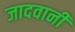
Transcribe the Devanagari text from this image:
जादवानी